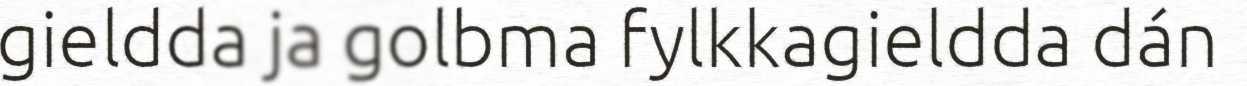
gieldda ja golbma fylkkagieldda dán